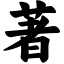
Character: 著